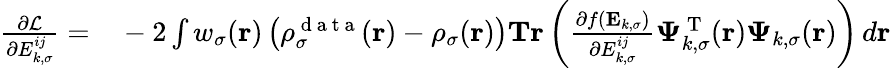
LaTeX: \begin{array}{rl}{\frac{\partial\mathcal{L}}{\partial{E}_{k,\sigma}^{ij}}=}&{{}-2\int w_{\sigma}(\boldsymbol{\textbf{r}})\left(\rho_{\sigma}^{\mathrm{~d~a~t~a~}}(\boldsymbol{\textbf{r}})-\rho_{\sigma}(\boldsymbol{\textbf{r}})\right)\textbf{Tr}\left(\frac{\partial f(\mathbf{E}_{k,\sigma})}{\partial{E}_{k,\sigma}^{ij}}\boldsymbol{\Psi}_{k,\sigma}^{\mathrm{~T~}}(\boldsymbol{\textbf{r}})\boldsymbol{\Psi}_{k,\sigma}(\boldsymbol{\textbf{r}})\right)\, d\boldsymbol{\textbf{r}}}\end{array}